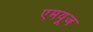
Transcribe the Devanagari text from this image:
एमयूज